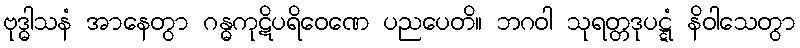
ဗုဒ္ဓါသနံ အာနေတွာ ဂန္ဓကုဋိပရိဝေဏေ ပညပေတိ။ ဘဂဝါ သုရတ္တဒုပဋ္ဋံ နိဝါသေတွာ